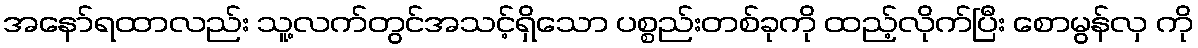
အနော်ရထာလည်း သူ့လက်တွင်အသင့်ရှိသော ပစ္စည်းတစ်ခုကို ထည့်လိုက်ပြီး စောမွန်လှ ကို